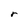
Character: r